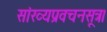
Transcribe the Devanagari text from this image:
सांख्यप्रवचनसूत्र।